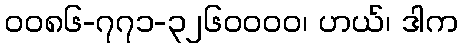
၀၀၈၆-၇၇၁-၃၂၆၀၀၀၀၊ ဟယ်၊ ဒါက